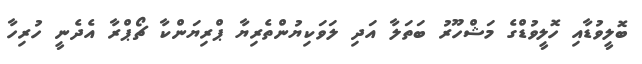
ބޮލީވުޑާއި ހޮލީވުޑްގެ މަޝްހޫރު ބަތަލާ އަދި ލަވަކިޔުންތެރިޔާ ޕްރިޔަންކާ ޗޯޕްރާ އެދެނީ ހުރިހާ